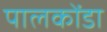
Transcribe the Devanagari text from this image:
पालकोंडा